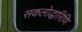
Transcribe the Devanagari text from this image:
सकलोद्धारिणि